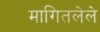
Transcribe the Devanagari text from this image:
मागितलेले